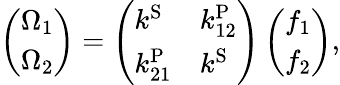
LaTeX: \left(\begin{array}{l}{\Omega_{1}}\\ {\Omega_{2}}\end{array}\right)=\left(\begin{array}{ll}{k^{\mathrm{S}}}&{k_{12}^{\mathrm{P}}}\\ {k_{21}^{\mathrm{P}}}&{k^{\mathrm{S}}}\end{array}\right)\left(\begin{array}{l}{f_{1}}\\ {f_{2}}\end{array}\right),